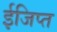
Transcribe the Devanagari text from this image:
ईजिप्‍त